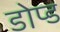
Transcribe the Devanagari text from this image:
डोप्ड